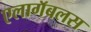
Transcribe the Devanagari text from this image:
एलागॅबलस